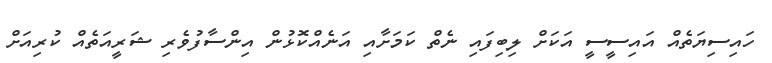
ހައިސިޔަތެއް އައިސީސީ އަކަށް ލިބިފައި ނެތް ކަމަށާއި އަނެއްކޮޅުން އިންސާފުވެރި ޝަރީއަތެއް ކުރިއަށް